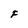
Character: F